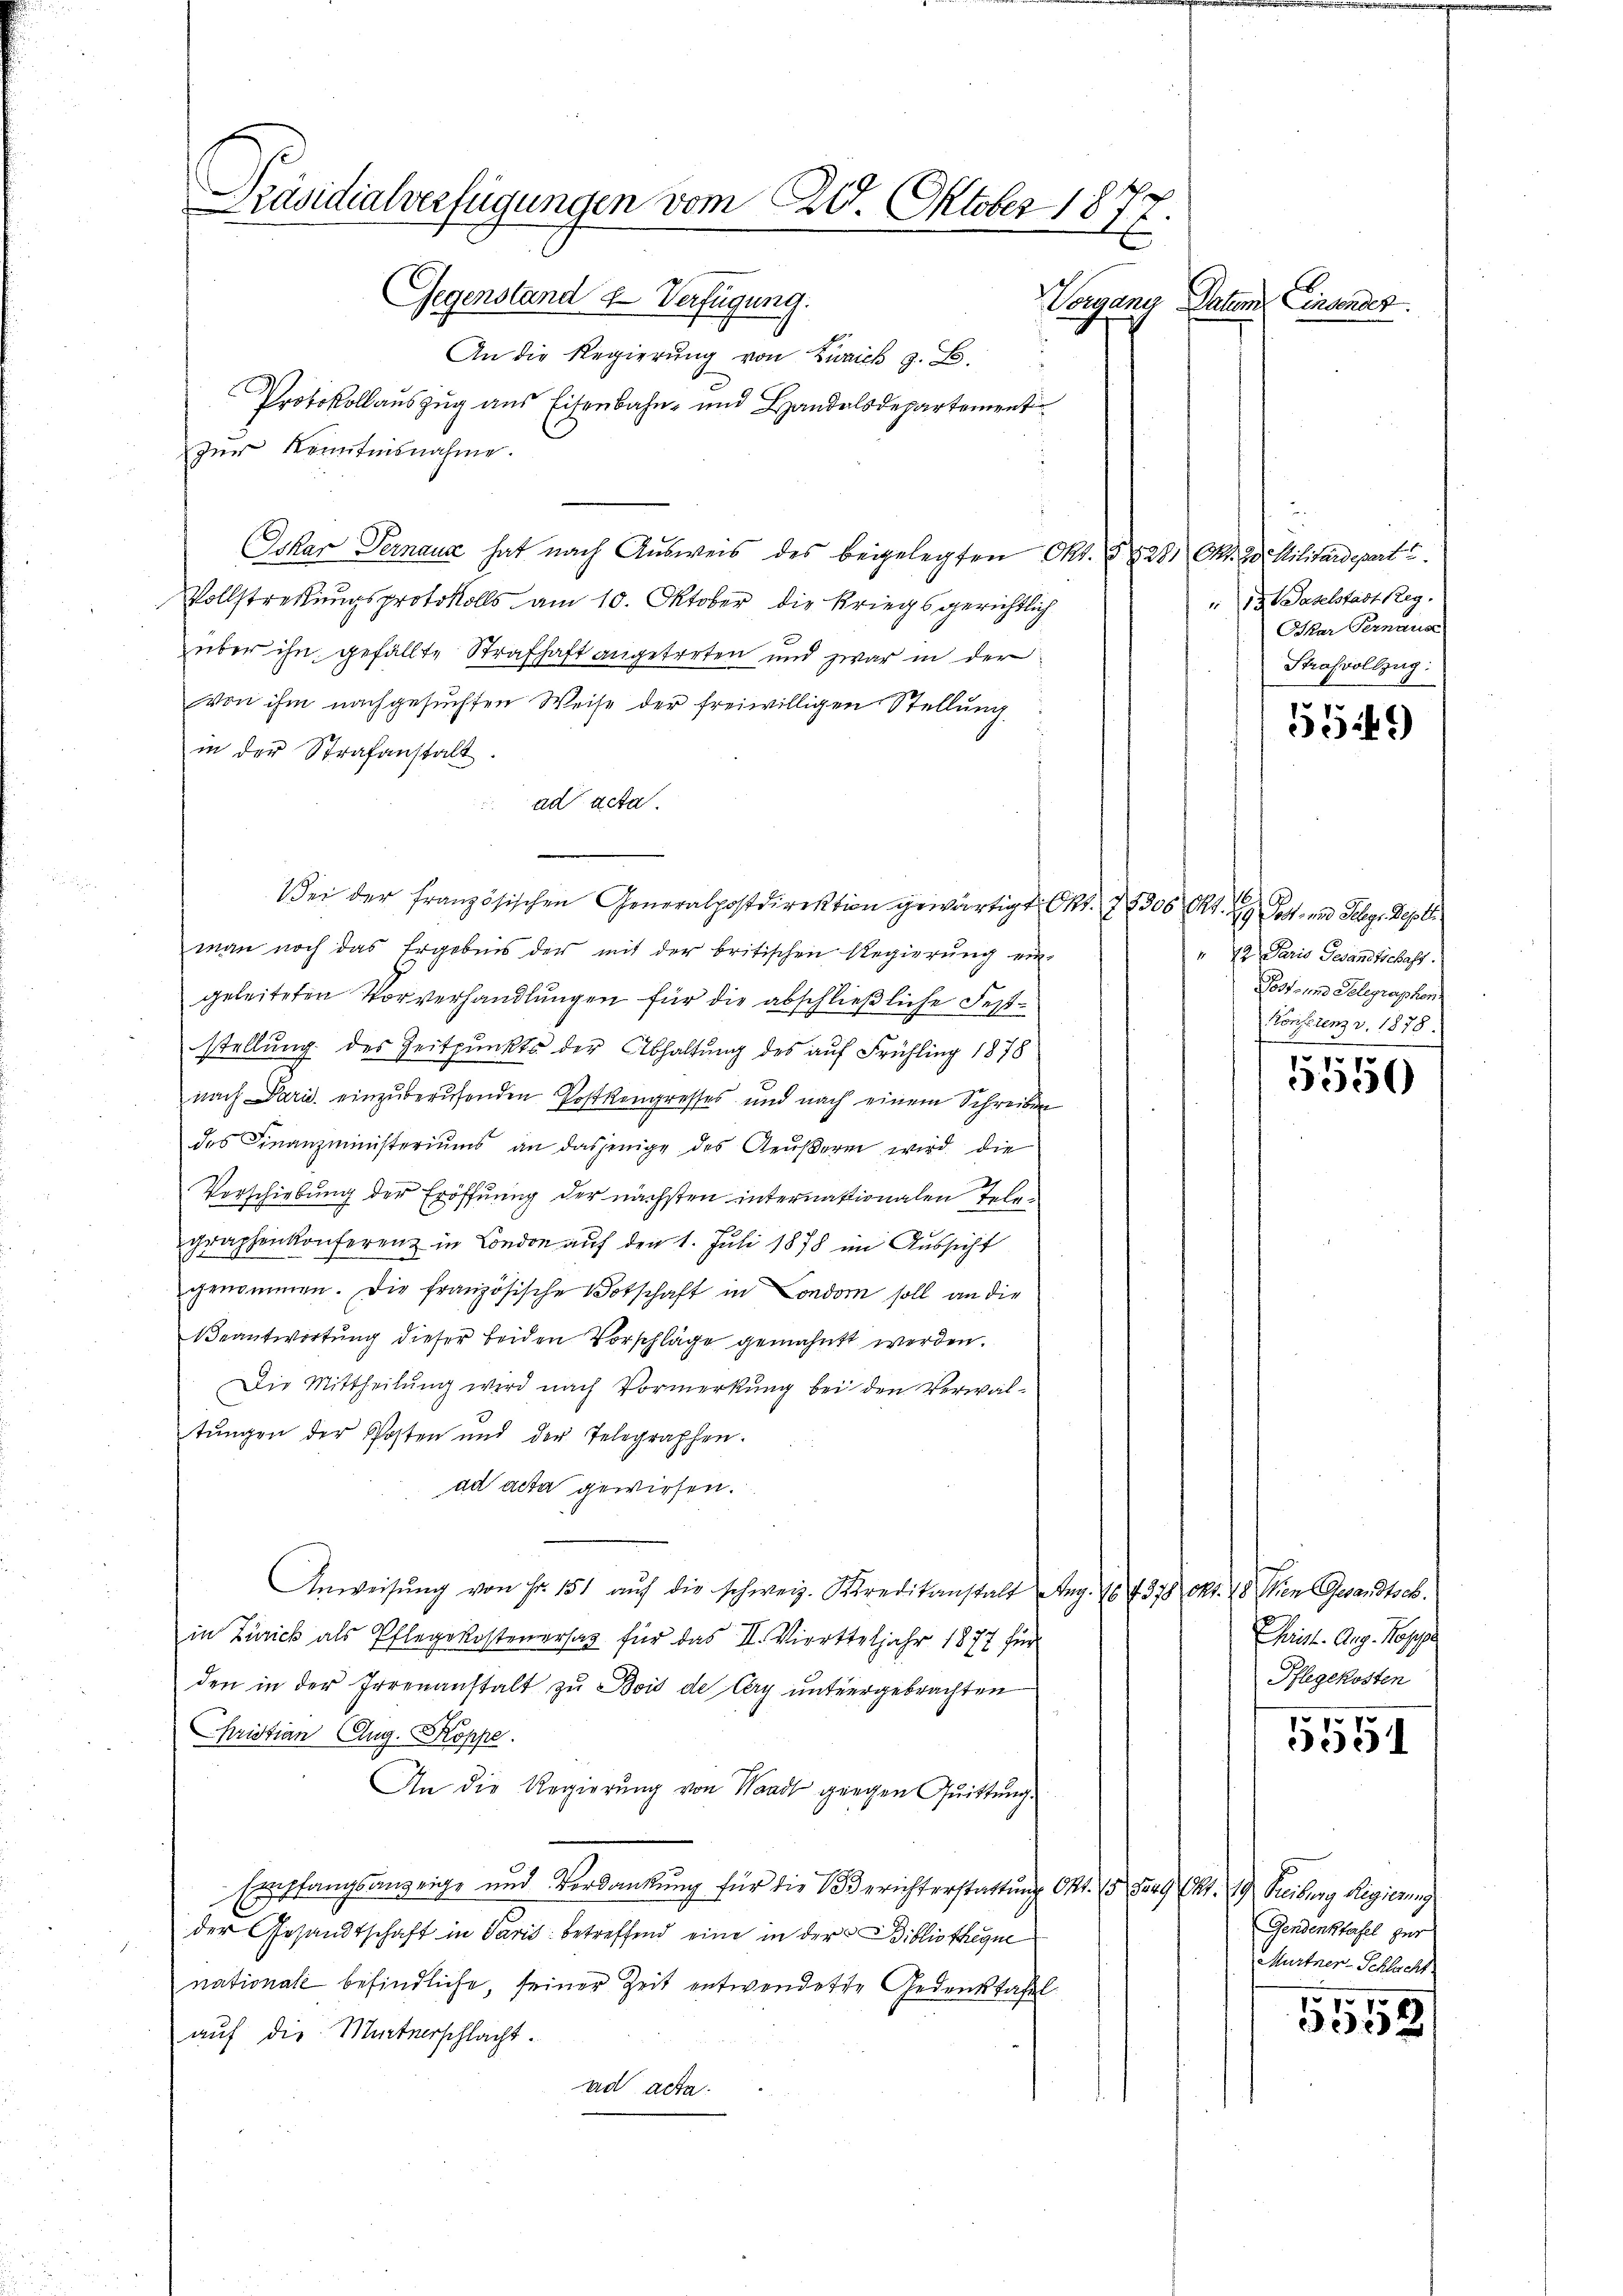
An die Regierung von Zwaick z. B.
Protokollauszug aus Eisenbahn- und Handelsdepartement
zŭr Kenntnisnahme.
Oskar Pernaux hat nach Aŭsweis des beigelegten Okt. B
Vollstreckungsprotokolls am 10. Oktober die Kriegsgerichtlich
über ihn gefällte Strafhaft angetreten und zwar in der
von ihm nachgesuchten Weise der freiwilligen Stellung
in der Strafanstalt.
ad acta.
Bei der französischen Generalpostdirektion gewärtigt. Okt. 78306 Ct. Post- und Selg. Septe
man noch das Ergebnis der mit der britischen Regierŭng ein-
geleiteten Vorverhandlungen für die abschließliche Feststellung des Zeitpunkts der Abhaltung des auf Frühling 1878
nach Paris einzuberufenden Postkongresses und nach einem Schreiben
des Finanzministeriums an dasjenige des Aeußeren wird die
Verschiebung der Eröffnung der nächsten internationalen Telegraphenkonferenz in London auf den 1. Juli 1878 im Aussicht
t
genommen. Die französische Botschaft in Londorn soll an die
Beantwortung dieser beiden Vorschläge gemahnt werden.
Die Mittheilung wird nach Vormerkung bei den Verwaltŭngen der Posten und der Telegraphen.
ad acta gewiesen.
Anweisŭng von Fr. 151 aŭf die schweiz. Kreditanstalt Aug. No. 378 Okt. 18. Wien Gesandtsch.
in Zürick als Pflegekostenersag für das II. Vierteljahr 1877 für
den in der Irrenanstalt zu Bois de Cery untergebrachten
Christian Aug. Koppe
An die Regierung von Waadt gingen Quittung.
Empfangsanzeige und Verdankung für die Berichterstattung Okt. 15 durch Pkt. 19. Freiburg Regierung
der Gesandtschaft in Paris betreffend eine in der Bibliotheque
nationale befindliche, seiner Zeit entwendete Gedenktafel
auf die Martnerschlacht.
ad acta.

Präsidialverfügungen vom 27. Oktober 1877.
Gegenstand & Verfügung.
Vorgane Patem Einsender

28. Okt. 20 Militardeparte
" 13. Daselstadt Reg.
Oskar Pernaus
Strafvollzug.

5549

" 7 Paris Gesandtschaft.
Post- und Telegraphen
Konsung v. 1878.

1
e

Geist. Aug. Rappe
Pflegekosten

5551

Gendenstafel zur
Murtner-Schlacht

5558